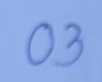
03